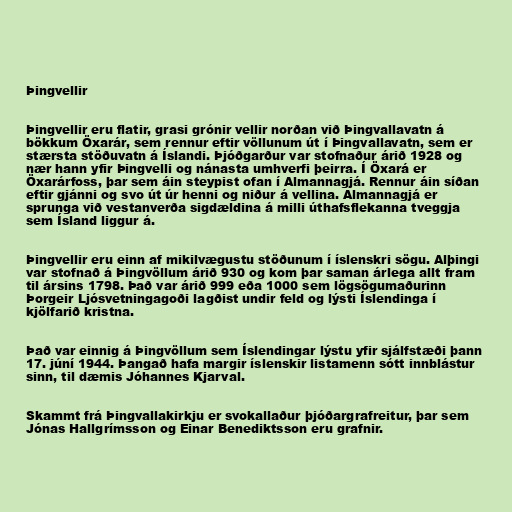
Þingvellir

Þingvellir eru flatir, grasi grónir vellir norðan við Þingvallavatn á
bökkum Öxarár, sem rennur eftir völlunum út í Þingvallavatn, sem er
stærsta stöðuvatn á Íslandi. Þjóðgarður var stofnaður árið 1928 og
nær hann yfir Þingvelli og nánasta umhverfi þeirra. Í Öxará er
Öxarárfoss, þar sem áin steypist ofan í Almannagjá. Rennur áin síðan
eftir gjánni og svo út úr henni og niður á vellina. Almannagjá er
sprunga við vestanverða sigdældina á milli úthafsflekanna tveggja
sem Ísland liggur á.

Þingvellir eru einn af mikilvægustu stöðunum í íslenskri sögu. Alþingi
var stofnað á Þingvöllum árið 930 og kom þar saman árlega allt fram
til ársins 1798. Það var árið 999 eða 1000 sem lögsögumaðurinn
Þorgeir Ljósvetningagoði lagðist undir feld og lýsti Íslendinga í
kjölfarið kristna.

Það var einnig á Þingvöllum sem Íslendingar lýstu yfir sjálfstæði þann
17. júní 1944. Þangað hafa margir íslenskir listamenn sótt innblástur
sinn, til dæmis Jóhannes Kjarval.

Skammt frá Þingvallakirkju er svokallaður þjóðargrafreitur, þar sem
Jónas Hallgrímsson og Einar Benediktsson eru grafnir.